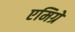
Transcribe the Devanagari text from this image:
एमिग्रे